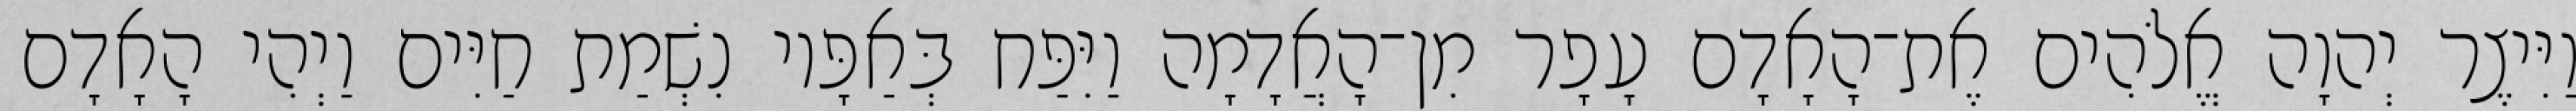
וַיִּיצֶר יְהוָה אֱלֹהִים אֶת־הָאָדָם עָפָר מִן־הָאֲדָמָה וַיִּפַּח בְּאַפָּיו נִשְׁמַת חַיִּים וַיְהִי הָאָדָם